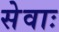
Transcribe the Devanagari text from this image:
सेवाः